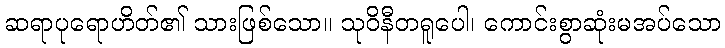
ဆရာပုရောဟိတ်၏ သားဖြစ်သော။ သုဝိနီတရူပေါ၊ ကောင်းစွာဆုံးမအပ်သော